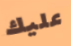
عليك